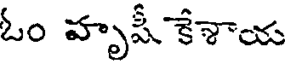
ఓం హృషీ కేశాయ